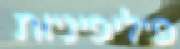
פיליפיניות